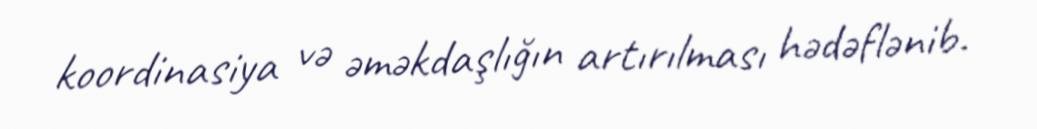
koordinasiya və əməkdaşlığın artırılması hədəflənib.